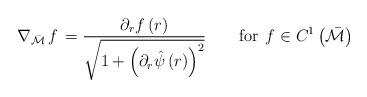
LaTeX: \begin{align*}\nabla_{\mathcal{\bar{M}}}\,f\,=\frac{\partial_{r}f\left(r\right)}{\sqrt{1+\left(\partial_{r}\hat{\psi}\left(r\right)\right)^{2}}}\qquad\textrm{for}\;\,f\in C^{1}\left(\mathcal{\bar{M}}\right)\end{align*}